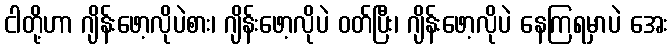
ငါတို့ဟာ ဂျိန်းဖော့လိုပဲစား၊ ဂျိန်းဖော့လိုပဲ ဝတ်ပြီး၊ ဂျိန်းဖော့လိုပဲ နေကြရမှာပဲ အေး